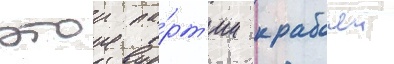
этои па́рт'ии к рабочеи